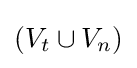
(V_{t}\cup V_{n})